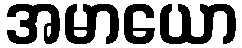
အမာယော